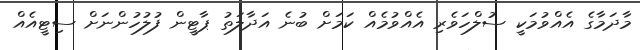
މާދަމާގެ އެއްވުމަކީ ސުލްހަވެރި އެއްވުމެއް ކަމަށް ބުނެ އަދާލަތު ޕާޓީން ފުލުހުންނަށް ސިޓީއެއް